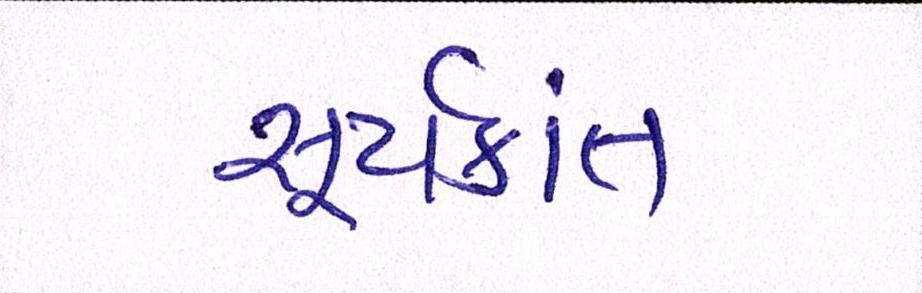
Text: સૂર્યકાંત